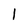
Character: 1